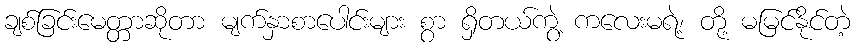
ချစ်ခြင်းမေတ္တာဆိုတာ မျက်နှာစာပေါင်းများ စွာ ရှိတယ်ကွဲ့ ကလေးမရဲ့၊ တို့ မမြင်နိုင်တဲ့